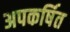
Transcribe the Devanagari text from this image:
अपकर्षित